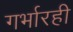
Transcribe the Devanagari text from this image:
गर्भारही